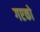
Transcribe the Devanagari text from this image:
गएको